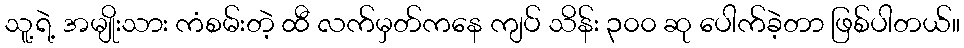
သူ့ရဲ့ အမျိုးသား ကံစမ်းတဲ့ ထီ လက်မှတ်ကနေ ကျပ် သိန်း ၃၀၀ ဆု ပေါက်ခဲ့တာ ဖြစ်ပါတယ်။